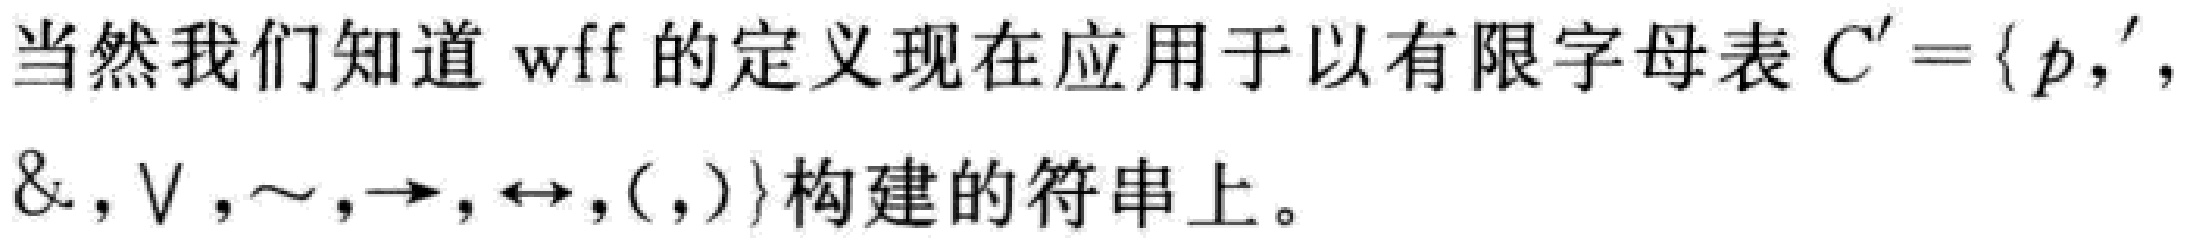
当然我们知道 $\mathrm{wff}$ 的定义现在应用于以有限字母表 $C' = \{ p, ', \&, \vee, \sim, \to, \leftrightarrow, (, ) \}$ 构建的符串上。